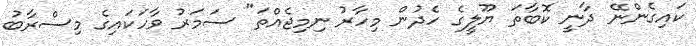
ކައިގެންނޭ ދާނީ ކޮބާތަ ޔޫލީގެ ހެދުން މިހާރު ނިމިޖެއްތަ" ސަމަރު ވާހަކައިގެ މިސްރާބު